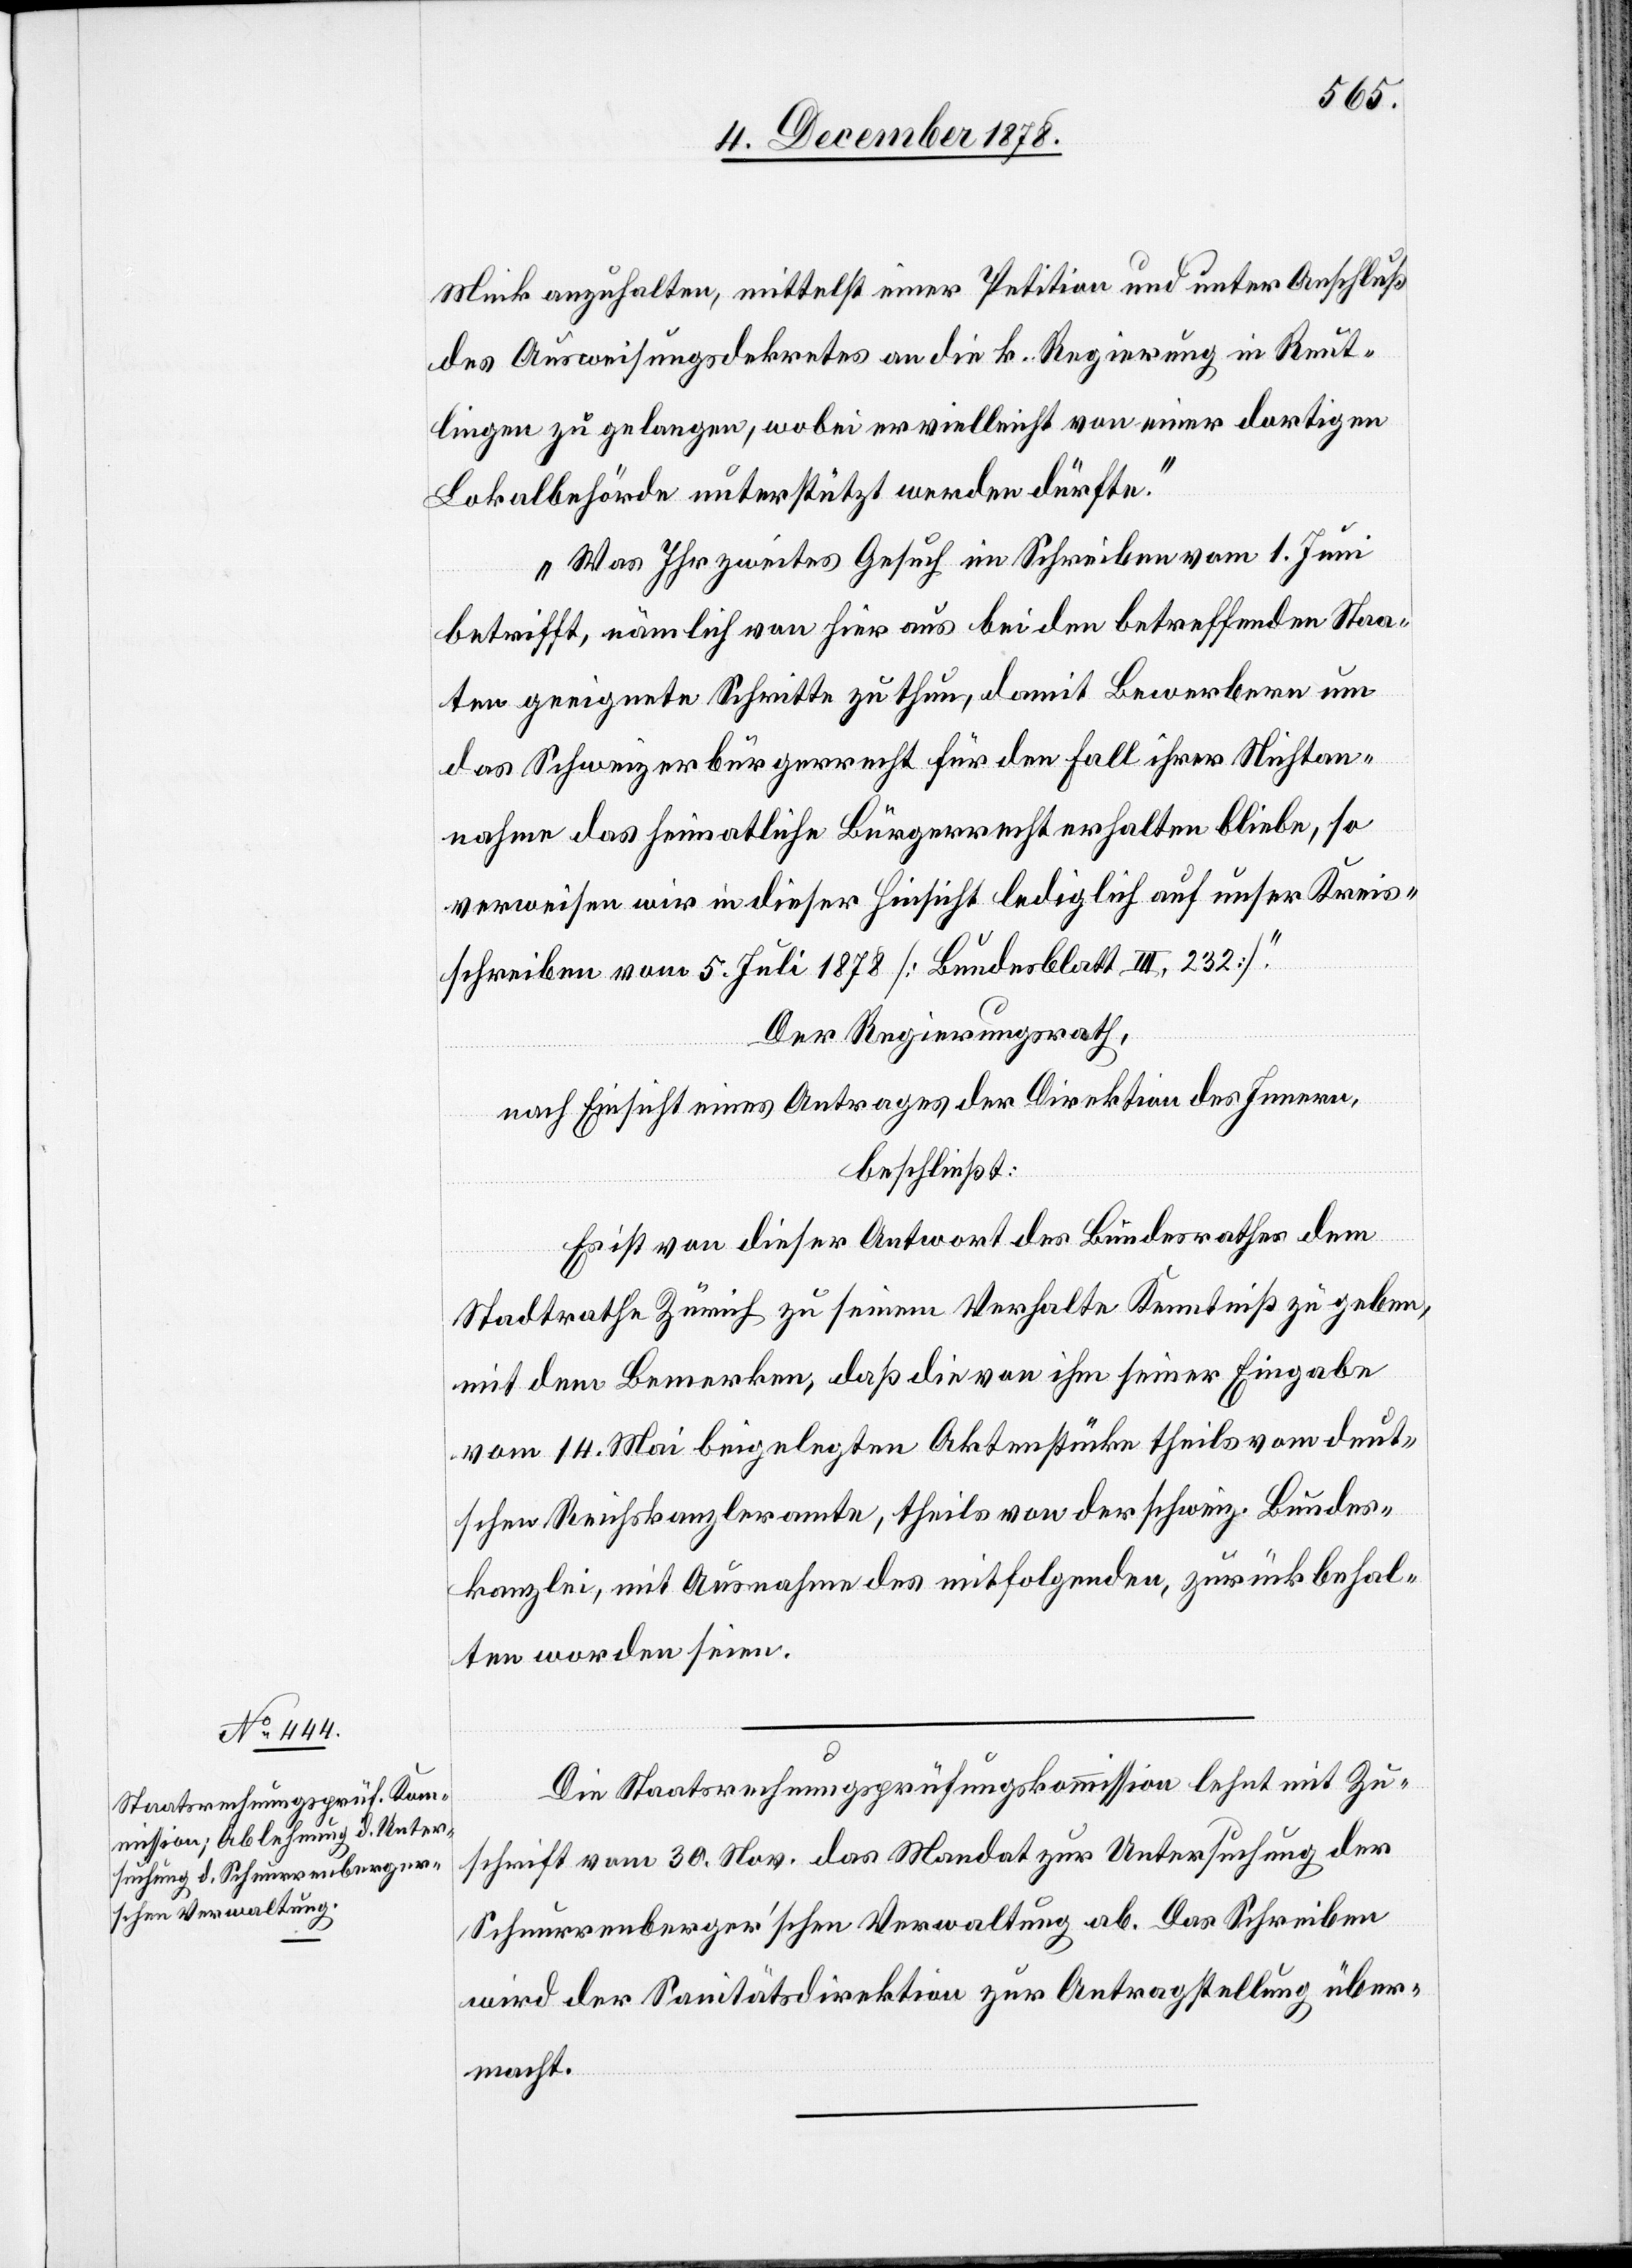
Mink anzuhalten, mittelst einer Petition und unter Anschluß
des Ausweisungsdekretes an die k. Regierung in Reut¬
lingen zu gelangen, wobei er vielleicht von einer dortigen
Lokalbehörde unterstützt werden dürfte.
Was Ihr zweites Gesuch im Schreiben vom 1. Juni
betrifft, nämlich von hier aus bei den betreffenden Staa¬
ten geeignete Schritte zu thun, damit Bewerbern um
das Schweizerbürgerrecht für den Fall ihrer Nichtan¬
nahme das heimatliche Bürgerrecht erhalten bliebe, so
verweisen wir in dieser Hinsicht lediglich auf unser Kreis¬
schreiben vom 5. Juli 1878 [Bundesblatt III. 232].“
Der Regierungsrath,
nach Einsicht eines Antrages der Direktion des Innern,
beschließt:
Es ist von dieser Antwort des Bundesrathes dem
Stadtrathe Zürich zu seinem Verhalte Kenntniß zu geben,
mit dem Bemerken, daß die von ihm seiner Eingabe
vom 14. Mai beigelegten Aktenstücke theils vom deut¬
schen Reichskanzleramte, theils von der schweiz. Bundes¬
kanzlei, mit Ausnahme des mitfolgenden, zurückbehal¬
ten worden seien.
Die Staatsrechnungsprüfungskommission lehnt mit Zu¬
schrift vom 30. Nov. das Mandat zur Untersuchung der
Schnurrenberger’schen Verwaltung ab. Das Schreiben
wird der Sanitätsdirektion zur Antragstellung über¬
macht.